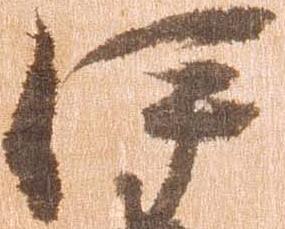
伊